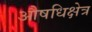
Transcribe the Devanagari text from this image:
औषधिक्षेत्र